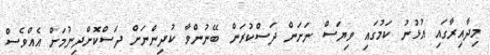
މިދާއިރާގައި އުޅުނު ކަމުގައި ވިޔަސް ނަށަން ދަސްކުރަން ބޭނުންވާ ކުދިންނަށް ދަސްކޮށްދިނުމަށް އެއްވެސް